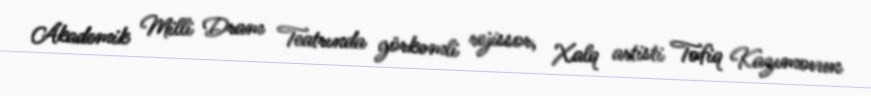
Akademik Milli Dram Teatrında görkəmli rejissor, Xalq artisti Tofiq Kazımovun